Code of medical and sanitary regulations for the guidance of medical officers serving in the Madras Presidency - Volume I
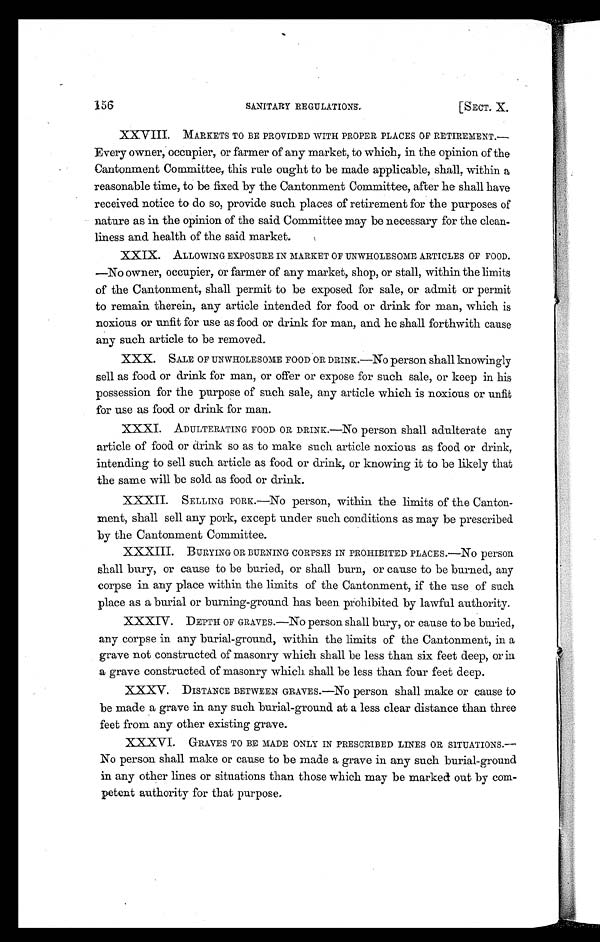
156
SANITARY REGULATIONS.
[SECT. X.
XXVIII. MARKETS TO BE PROVIDED WITH PROPER PLACES OF RETIREMENT
.—Every owner, occupier, or farmer of any market, to which, in the opinion of the
Cantonment Committee, this rule ought to be made applicable, shall, within a
reasonable time, to be fixed by the Cantonment Committee, after he shall have
received notice to do so, provide such places of retirement for the purposes of
nature as in the opinion of the said Committee may be necessary for the clean-
liness and health of the said market.
XXIX. ALLOWING EXPOSURE IN MARKET OF UNWHOLESOME ARTICLES OF FOOD
.—No owner, occupier, or farmer of any market, shop, or stall, within the limits
of the Cantonment, shall permit to be exposed for sale, or admit or permit
to remain therein, any article intended for food or drink for man, which is
noxious or unfit for use as food or drink for man, and he shall forthwith cause
any such article to be removed.
XXX. SALE OF UNWHOLESOME FOOD OR DRINK.—NO person shall knowingly
sell as food or drink for man, or offer or expose for such sale, or keep in his
possession for the purpose of such sale, any article which is noxious or unfit
for use as food or drink for man.
XXXI. ADULTERATING FOOD OR DRINK.—NO person shall adulterate any
article of food or drink so as to make such article noxious as food or drink,
intending to sell such article as food or drink, or knowing it to be likely that
the same will be sold as food or drink.
XXXII. SELLING PORK.—No person, within the limits of the Canton-
ment, shall sell any pork, except under such conditions as may be prescribed
by the Cantonment Committee.
XXXIII. BURYING OR BURNING CORPSES IN PROHIBITED PLACES.—NO person
shall bury, or cause to be buried, or shall burn, or cause to be burned, any
corpse in any place within the limits of the Cantonment, if the use of such
place as a burial or burning-ground has been prohibited by lawful authority.
XXXIV. DEPTH OF GRAVES.—NO person shall bury, or cause to be buried,
any corpse in any burial-ground, within the limits of the Cantonment, in a
grave not constructed of masonry which shall be less than six feet deep, or in
a grave constructed of masonry which shall be less than four feet deep.
XXXV. DISTANCE BETWEEN GRAVES.—No person shall make or cause to
be made a grave in any such burial-ground at a less clear distance than three
feet from any other existing grave.
XXXVI. GRAVES TO BE MADE ONLY IN PRESCRIBED LINES OR SITUATIONS
.—No person shall make or cause to be made a grave in any such burial-ground
in any other lines or situations than those which may be marked out by com-
petent authority for that purpose.